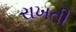
રાખતી